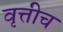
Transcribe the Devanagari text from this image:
वृत्तीच